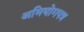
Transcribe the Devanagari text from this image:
अभियोगपत्र